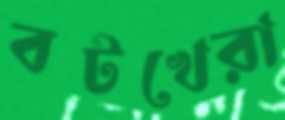
বটখেরা